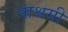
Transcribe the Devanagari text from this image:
नाश्रमी